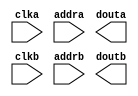
module rot_lut(
	clka,
	addra,
	douta,
	clkb,
	addrb,
	doutb);


input clka;
input [8 : 0] addra;
output [31 : 0] douta;
input clkb;
input [8 : 0] addrb;
output [31 : 0] doutb;

// synthesis translate_off

      BLK_MEM_GEN_V4_2 #(
		.C_ADDRA_WIDTH(9),
		.C_ADDRB_WIDTH(9),
		.C_ALGORITHM(1),
		.C_BYTE_SIZE(9),
		.C_COMMON_CLK(1),
		.C_DEFAULT_DATA("0"),
		.C_DISABLE_WARN_BHV_COLL(0),
		.C_DISABLE_WARN_BHV_RANGE(0),
		.C_FAMILY("spartan3"),
		.C_HAS_ENA(0),
		.C_HAS_ENB(0),
		.C_HAS_INJECTERR(0),
		.C_HAS_MEM_OUTPUT_REGS_A(0),
		.C_HAS_MEM_OUTPUT_REGS_B(0),
		.C_HAS_MUX_OUTPUT_REGS_A(0),
		.C_HAS_MUX_OUTPUT_REGS_B(0),
		.C_HAS_REGCEA(0),
		.C_HAS_REGCEB(0),
		.C_HAS_RSTA(0),
		.C_HAS_RSTB(0),
		.C_HAS_SOFTECC_INPUT_REGS_A(0),
		.C_HAS_SOFTECC_OUTPUT_REGS_B(0),
		.C_INITA_VAL("0"),
		.C_INITB_VAL("0"),
		.C_INIT_FILE_NAME("rot_lut.mif"),
		.C_LOAD_INIT_FILE(1),
		.C_MEM_TYPE(4),
		.C_MUX_PIPELINE_STAGES(0),
		.C_PRIM_TYPE(1),
		.C_READ_DEPTH_A(512),
		.C_READ_DEPTH_B(512),
		.C_READ_WIDTH_A(32),
		.C_READ_WIDTH_B(32),
		.C_RSTRAM_A(0),
		.C_RSTRAM_B(0),
		.C_RST_PRIORITY_A("CE"),
		.C_RST_PRIORITY_B("CE"),
		.C_RST_TYPE("SYNC"),
		.C_SIM_COLLISION_CHECK("ALL"),
		.C_USE_BYTE_WEA(0),
		.C_USE_BYTE_WEB(0),
		.C_USE_DEFAULT_DATA(0),
		.C_USE_ECC(0),
		.C_USE_SOFTECC(0),
		.C_WEA_WIDTH(1),
		.C_WEB_WIDTH(1),
		.C_WRITE_DEPTH_A(512),
		.C_WRITE_DEPTH_B(512),
		.C_WRITE_MODE_A("WRITE_FIRST"),
		.C_WRITE_MODE_B("WRITE_FIRST"),
		.C_WRITE_WIDTH_A(32),
		.C_WRITE_WIDTH_B(32),
		.C_XDEVICEFAMILY("spartan3adsp"))
	inst (
		.CLKA(clka),
		.ADDRA(addra),
		.DOUTA(douta),
		.CLKB(clkb),
		.ADDRB(addrb),
		.DOUTB(doutb),
		.RSTA(),
		.ENA(),
		.REGCEA(),
		.WEA(),
		.DINA(),
		.RSTB(),
		.ENB(),
		.REGCEB(),
		.WEB(),
		.DINB(),
		.INJECTSBITERR(),
		.INJECTDBITERR(),
		.SBITERR(),
		.DBITERR(),
		.RDADDRECC());


// synthesis translate_on

// XST black box declaration
// box_type "black_box"
// synthesis attribute box_type of rot_lut is "black_box"

endmodule